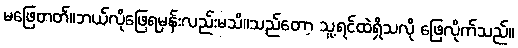
မဖြေတတ်။ဘယ်လိုဖြေရမှန်းလည်းမသိ။သည်တော့ သူ့ရင်ထဲရှိသလို ဖြေလိုက်သည်။